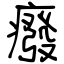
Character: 癈